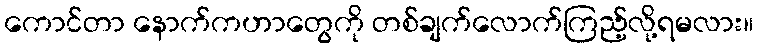
ကောင်တာ နောက်ကဟာတွေကို တစ်ချက်လောက်ကြည့်လို့ရမလား။